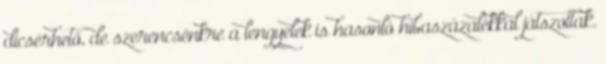
dicsérhető, de szerencsénkre a lengyelek is hasonló hibaszázalékkal játszottak.